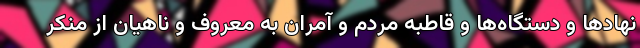
نهاد‌ها و دستگاه‌ها و قاطبه مردم و آمران به معروف و ناهیان از منکر